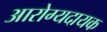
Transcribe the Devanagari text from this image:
आरोग्यदायक